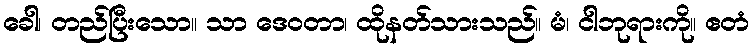
ခေါ၊ တည်ပြီးသော။ သာ ဒေဝတာ၊ ထိုနတ်သားသည်။ မံ၊ ငါဘုရားကို။ ဧတံ